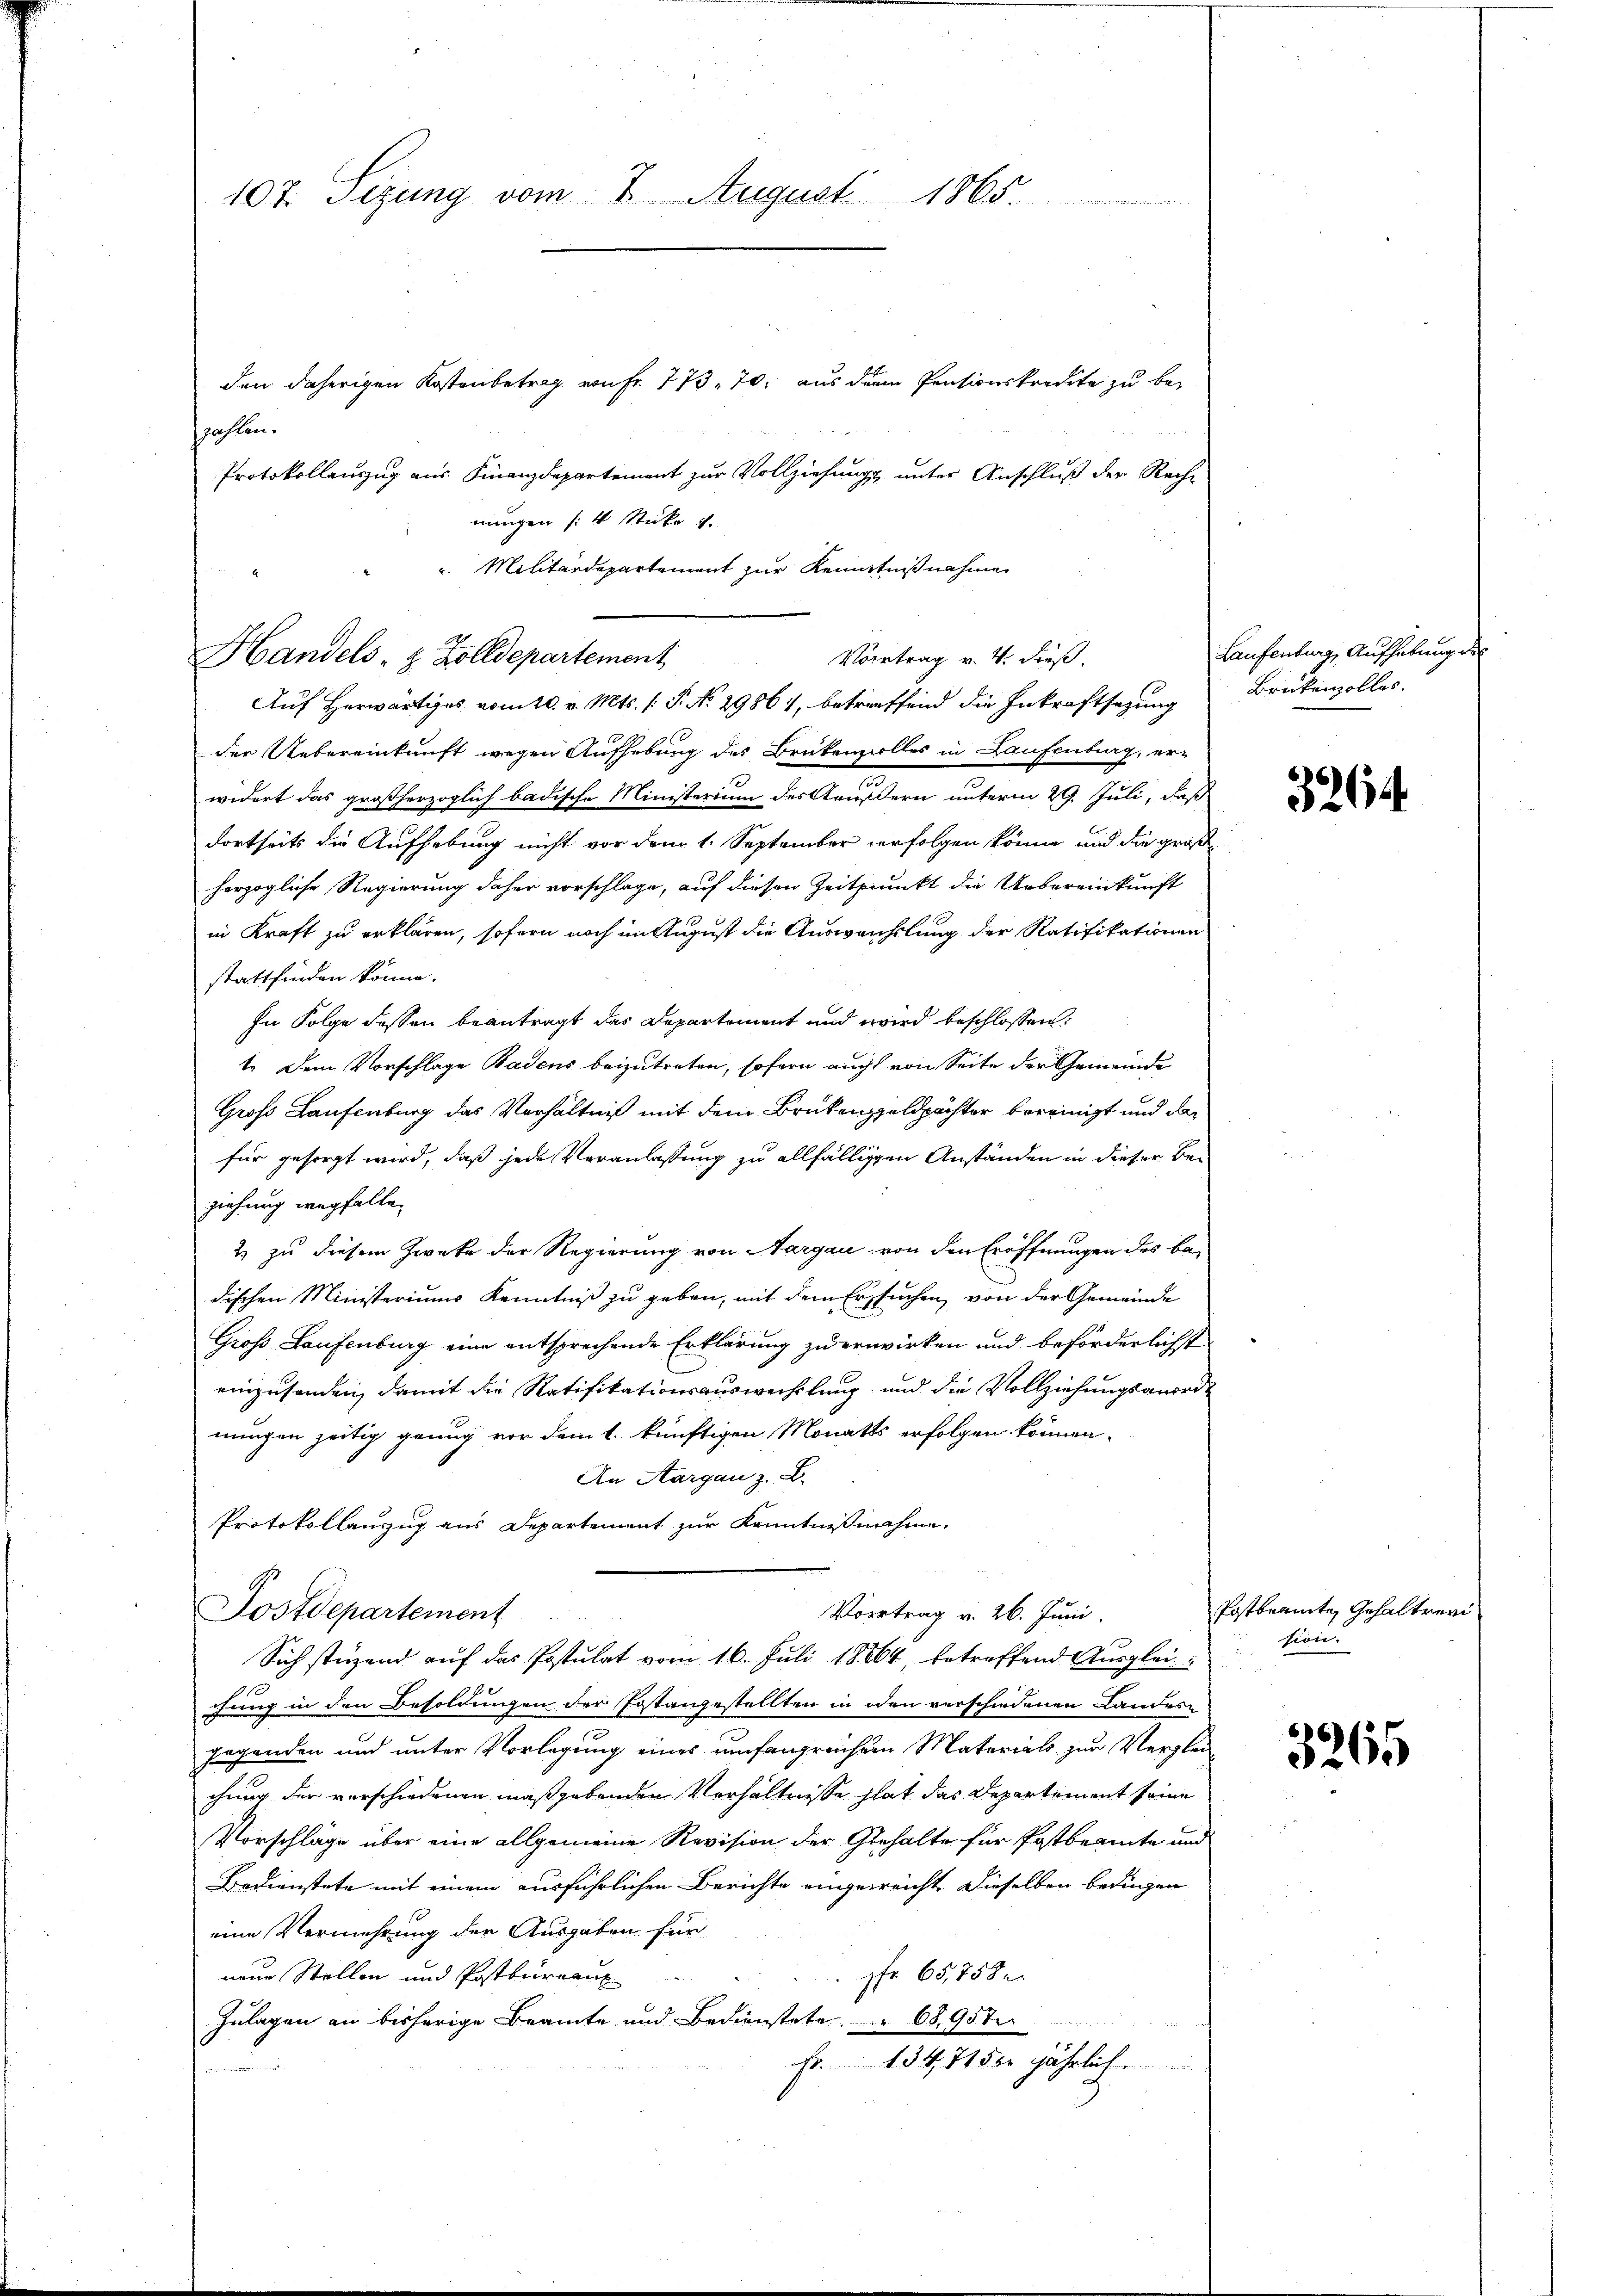
den daherigen Kostenbetrag von Fr. 773. 70. aus dem Pensionskredite zu bei
szahlen.
Protokollauszug aus Finanzdepartement zur Vollziehung unter Anschluß der Rechnungen 4 Stücke u.
der Uebereinkunft wegen Aufhebung des Brükenzolles in Laufenburg, erl
widert das großherzoglich badische Ministerium des Aeußern unterm 29. Juli, daß
Fortseits die Aufhebung nicht vor dem 1. September verfolgen könne, und die groß
herzogliche Regierung daher vorschlage, auf diesen Zeitpunkt die Uebereinkunft
in Kraft zu erklären, sofern noch im August die Auswechslung der Ratifikationen
stattfinden könne.
In Folge dessen beantragt das Departement und wird beschlossen:
1. Dem Vorschlage Badens beizutreten, sofern auch von Seite der Gemeinde
Groß Laufenburg das Verhältniß mit dem Brükenzgeldpächter bereinigt und das
für gesorgt wird, daß jede Veranlassung zu allfälligen Anständen in dieser Beziehung wegfalle.
2 zu diesem Zwecke der Regierung von Aargau von den Eröffnungen des Badischen Ministeriums Kenntniß zu geben, mit dem Ersuchen von der Gemeinde
Groß Laufenburg eine entsprechende Erklärung zu erwirken und beförderlichst
einzusenden, damit die Ratifikationsauswechslung und die Vollziehungsanordnungen zeitig genug vor dem 1. künftigen Monatts erfolgen können.
An Aargau z. B.
Protokollauszug aus Departement zur Kenntnißnahme.
Postdepartement
Vortrag v. 26. Juni.
Sich stüzend auf das Postulat vom 16. Juli 18864, betreffend Ausgleichung in den Besoldungen der Fostangestellten in den verschiedenen Landes-
gegenden und unter Vorlegung eines umfangreichem Materials zur Verglei
chung der verschiedenen maßgebenden Verhältnisse hat das Departement seine
Vorschläge über eine allgemeine Revision der Gehalte für Postbeamte und
Bedienstete mit einem ausführlichen Berichte eingereicht. Dieselben bedingen
eine Vermehrung der Ausgaben für
neue Stellen und Postbureaux
pfr. 65,758 e
Zulagen an bisherige Beamte und Bedienstete. 68,95t
Fr. 134, 715 jährlich.

Militärdepartement zur Kenntnißnahmen
Handels- & Zolldepartement
Auf Herwärtiges vom 10. v. Mts. (: P. No 29861, betreffend die Inkraftsagung Brükenzolles.

107. Sizung vom 2. August 1865.

Vortrag v. 4. dieß.

Laufenburg, Aufhebung des

3264

Postbrannte, Gehalter
sion.

3265